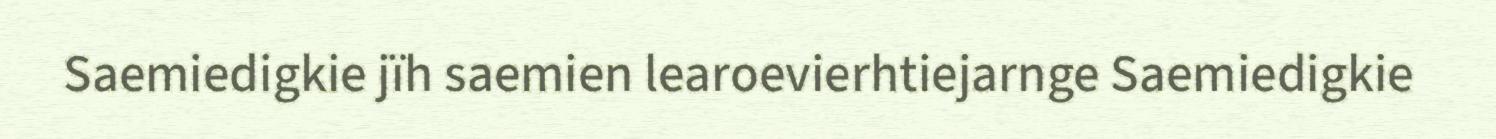
Saemiedigkie jïh saemien learoevierhtiejarnge Saemiedigkie